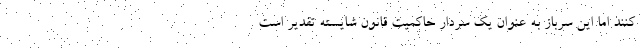
کنند اما این سرباز به عنوان یک سردار حاکمیت قانون شایسته تقدیر است